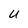
Character: U